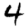
Digit: 4